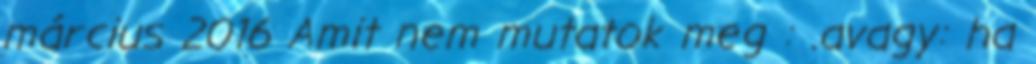
március 2016 Amit nem mutatok meg : .avagy: ha